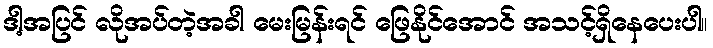
ဒါ့အပြင် လိုအပ်တဲ့အခါ မေးမြန်းရင် ဖြေနိုင်အောင် အသင့်ရှိနေပေးပါ။